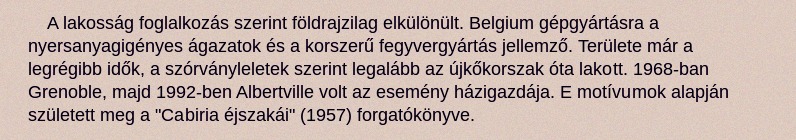
A lakosság foglalkozás szerint földrajzilag elkülönült. Belgium gépgyártásra a nyersanyagigényes ágazatok és a korszerű fegyvergyártás jellemző. Területe már a legrégibb idők, a szórványleletek szerint legalább az újkőkorszak óta lakott. 1968-ban Grenoble, majd 1992-ben Albertville volt az esemény házigazdája. E motívumok alapján született meg a "Cabiria éjszakái" (1957) forgatókönyve.